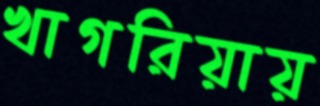
খাগরিয়ায়